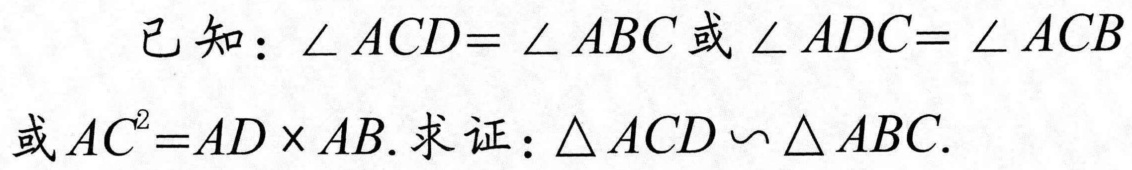
已知：$\angle ACD = \angle ABC$或$\angle ADC = \angle ACB$或$AC^{2}=AD\times AB$. 求证：$\triangle ACD\backsim\triangle ABC$.